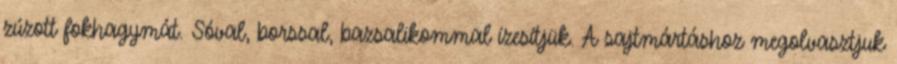
zúzott fokhagymát. Sóval, borssal, bazsalikommal ízesítjük. A sajtmártáshoz megolvasztjuk